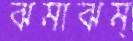
ঝমাঝম্‌